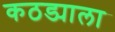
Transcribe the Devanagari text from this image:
कठड्याला